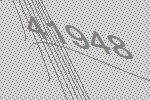
41948